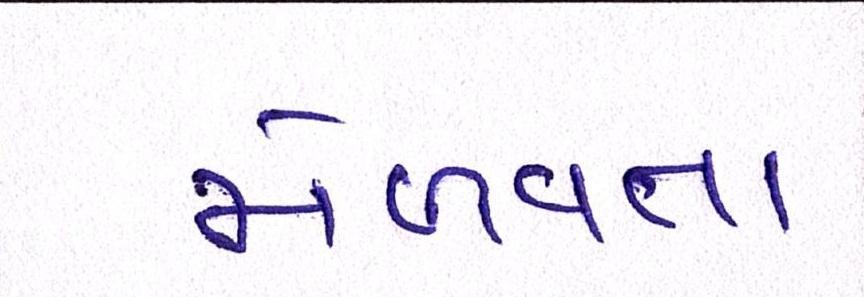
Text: મેળવતા